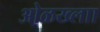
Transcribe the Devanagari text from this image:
ओळख्लाा